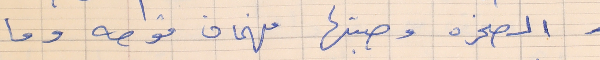
الصخره وصبتها فهمان قوصه وما